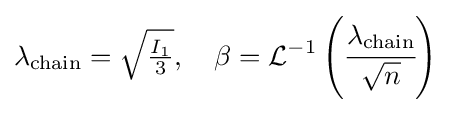
\lambda _{\mathrm {chain} }={\sqrt {\tfrac {I_{1}}{3}}},\quad \beta ={\mathcal {L}}^{-1}\left({\cfrac {\lambda _{\text{chain}}}{\sqrt {n}}}\right)